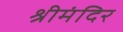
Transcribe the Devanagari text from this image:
श्रीमंदिर